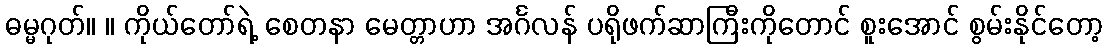
ဓမ္မဂုတ်။ ။ ကိုယ်တော်ရဲ့ စေတနာ မေတ္တာဟာ အင်္ဂလန် ပရိုဖက်ဆာကြီးကိုတောင် စူးအောင် စွမ်းနိုင်တော့